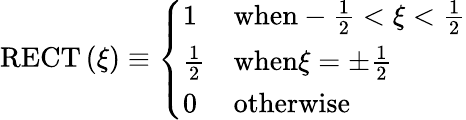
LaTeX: \textup{RECT}\left(\xi\right)\equiv\left\{ \begin{array}{ll}{1}&{\textup{when}-\frac{1}{2}<\xi<\frac{1}{2}}\\ {\frac{1}{2}}&{\textup{when}\xi=\pm\frac{1}{2}}\\ {0}&{\textup{otherwise}}\end{array}\right.